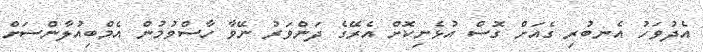
އެދުވަހު އެނބުރި ގެއަށް ގޮސް އުޅެނިކޮށް އެރޭގެ ދަންވަރު ނޭވާ ހާސްވުމުން އެމްބިއުލާންސަށް